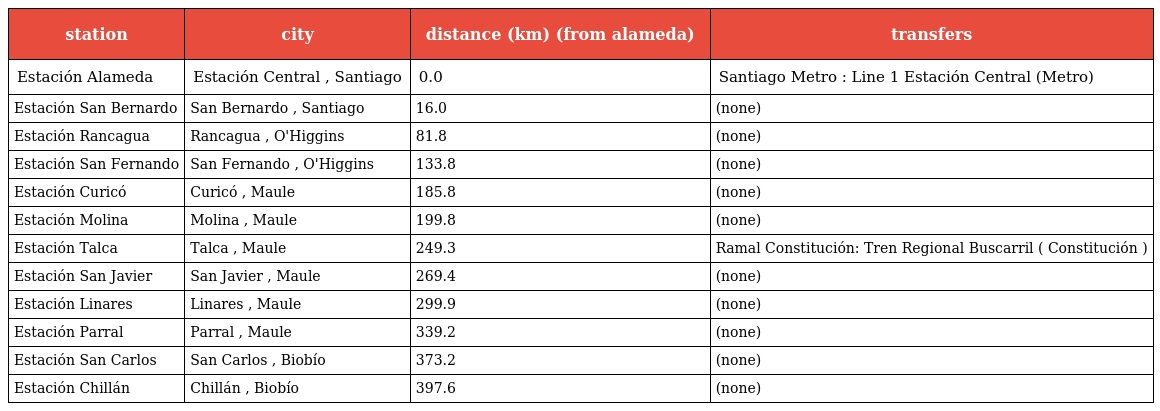
| station | city | distance (km) (from alameda) | transfers |
 | --- | --- | --- | --- |
 | Estación Alameda | Estación Central , Santiago | 0.0 | Santiago Metro : Line 1 Estación Central (Metro) |
 | Estación San Bernardo | San Bernardo , Santiago | 16.0 | (none) |
 | Estación Rancagua | Rancagua , O'Higgins | 81.8 | (none) |
 | Estación San Fernando | San Fernando , O'Higgins | 133.8 | (none) |
 | Estación Curicó | Curicó , Maule | 185.8 | (none) |
 | Estación Molina | Molina , Maule | 199.8 | (none) |
 | Estación Talca | Talca , Maule | 249.3 | Ramal Constitución: Tren Regional Buscarril ( Constitución ) |
 | Estación San Javier | San Javier , Maule | 269.4 | (none) |
 | Estación Linares | Linares , Maule | 299.9 | (none) |
 | Estación Parral | Parral , Maule | 339.2 | (none) |
 | Estación San Carlos | San Carlos , Biobío | 373.2 | (none) |
 | Estación Chillán | Chillán , Biobío | 397.6 | (none) |